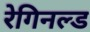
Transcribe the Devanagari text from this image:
रेगिनल्ड